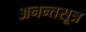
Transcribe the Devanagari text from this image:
अनन्तसूत्र